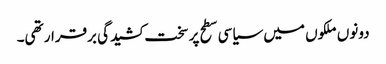
دونوں ملکوں میں سیاسی سطح پر سخت کشیدگی برقرار تھی۔